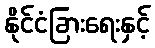
နိုင်ငံခြားရေးနှင့်